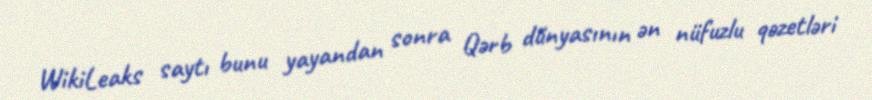
WikiLeaks saytı bunu yayandan sonra Qərb dünyasının ən nüfuzlu qəzetləri